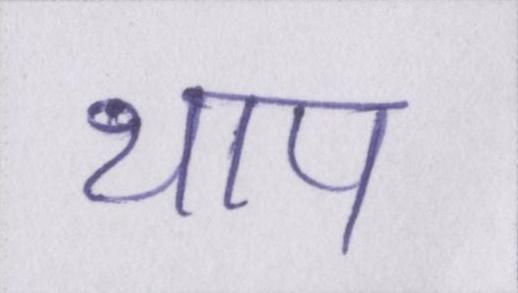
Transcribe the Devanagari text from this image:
थाप